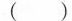
()